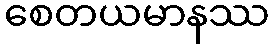
စေတယမာနဿ